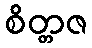
စိတ္တဇ